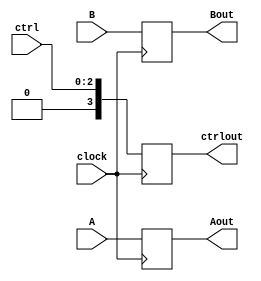
module reg1(A,B,ctrl,Aout,Bout,clock,ctrlout);
	input [0:3] A,B;
	input [0:2] ctrl;
	input clock;
	output reg[0:3] Aout,Bout,ctrlout;
	always @ (negedge clock)
	begin
		Aout = A;
		Bout = B;
		ctrlout = ctrl;
	end
endmodule